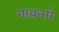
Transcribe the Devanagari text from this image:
गायनमे